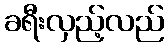
ခရီးလှည့်လည်